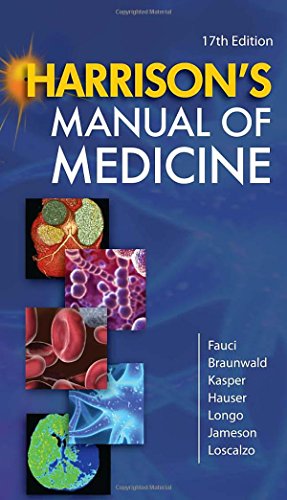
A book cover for Harrison's Manual of Medicine, 17th Edition; Anthony Fauci; Health, Fitness & Dieting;